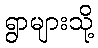
ရွာများသို့